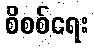
စိစစ်ရေး